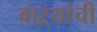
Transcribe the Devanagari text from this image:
वाऱ्यांची